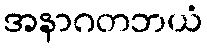
အနာဂတဘယံ